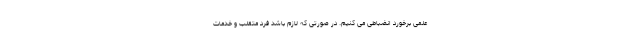
علمی برخورد انضباطی می کنیم. در صورتی که لازم باشد فرد متقلب و خدمات